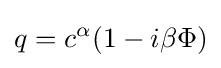
q=c^{\alpha }(1-i\beta \Phi )